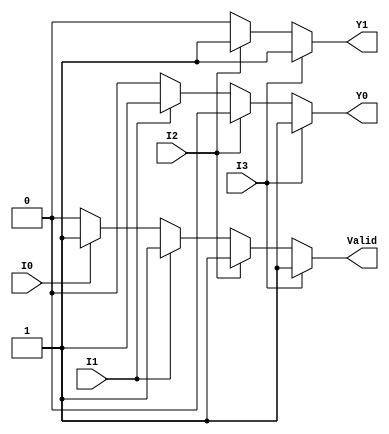
module priority_encoder (
    input wire I0,  // Lowest priority
    input wire I1,
    input wire I2,
    input wire I3,  // Highest priority
    output reg Y1,  // Output bit 1
    output reg Y0,  // Output bit 0
    output reg Valid // Valid output
);

always @(*) begin
    // Default outputs
    Y1 = 1'b0;
    Y0 = 1'b0;
    Valid = 1'b0;

    // Priority encoder logic
    if (I3) begin
        Y1 = 1'b1;
        Y0 = 1'b1;
        Valid = 1'b1;
    end else if (I2) begin
        Y1 = 1'b1;
        Y0 = 1'b0;
        Valid = 1'b1;
    end else if (I1) begin
        Y1 = 1'b0;
        Y0 = 1'b1;
        Valid = 1'b1;
    end else if (I0) begin
        Y1 = 1'b0;
        Y0 = 1'b0;
        Valid = 1'b1;
    end else begin
        // No active inputs, outputs remain default (0,0,0)
    end
end

endmodule